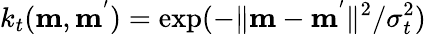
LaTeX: k_{t}(\mathbf{m},\mathbf{m}^{'})=\exp({-\| \mathbf{m}-\mathbf{m}^{'}\| ^{2}/\sigma_{t}^{2}})